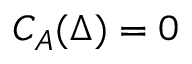
C _ { A } ( \Delta ) = 0